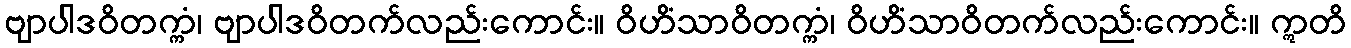
ဗျာပါဒဝိတက္ကံ၊ ဗျာပါဒဝိတက်လည်းကောင်း။ ဝိဟိံသာဝိတက္ကံ၊ ဝိဟိံသာဝိတက်လည်းကောင်း။ ဣတိ